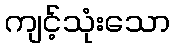
ကျင့်သုံးသော